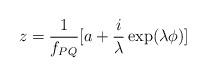
LaTeX: \begin{align*}z=\frac{1}{f_{PQ}}[a+\frac{i}{\lambda}\exp(\lambda\phi)]\end{align*}